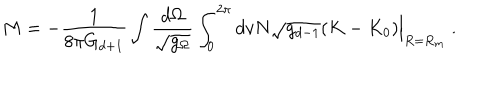
M = - \frac { 1 } { 8 \pi G _ { d + 1 } } \int \frac { d \Omega } { \sqrt { g _ { \Omega } } } \int _ { 0 } ^ { 2 \pi } d v N \sqrt { g _ { d - 1 } } ( K - K _ { 0 } ) \Big | _ { R = R _ { m } } \ .